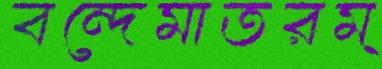
বন্দেমাতরম্